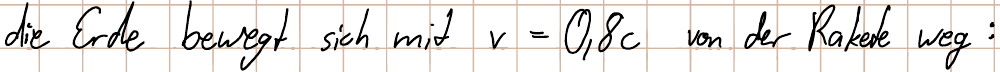
die Erde bewegt sich mit v=0,8c von der Rakete weg: